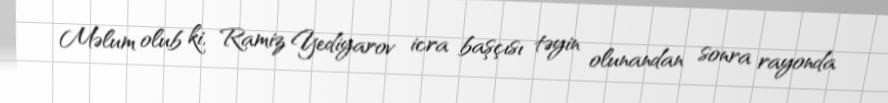
Məlum olub ki, Ramiz Yediyarov icra başçısı təyin olunandan sonra rayonda